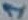
Text: 1